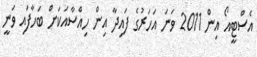
އެސްޓީއޯ އިން 2011 ވަނަ އަހަރުގެ ފައިދާ އިން ހިއްސާއަކަށް ބަހާފައި ވަނީ